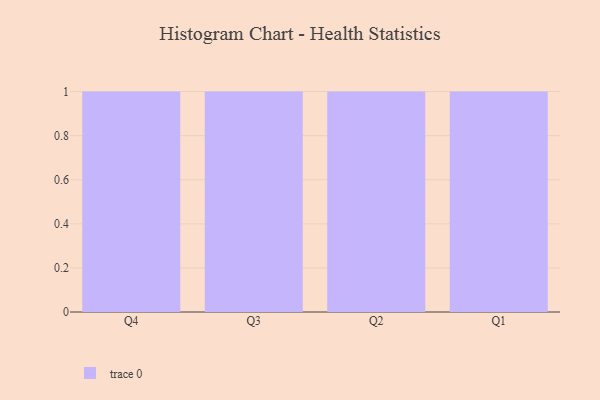
{"axis": {"x": "Quarter", "y": "Waste Production (Tons)"}, "legend": [""], "data": [{"x": "Q4", "y": 44, "type": ""}, {"x": "Q3", "y": 8, "type": ""}, {"x": "Q2", "y": 35, "type": ""}, {"x": "Q1", "y": 54, "type": ""}]}